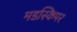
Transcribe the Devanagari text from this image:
मडस्किपर